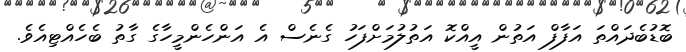
ބޮޑުބެދައްތަ އަފާފް އަތުން އީއްކޮ އަތުލުމަށްފަހު ގެނެސް އެ އަންހެންމީހާގެ ގާތު ބެހެއްޓިއެވެ.